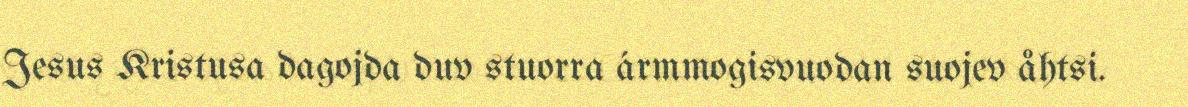
Jesus Kristusa dagojda duv stuorra ármmogisvuodan suojev åhtsi.